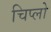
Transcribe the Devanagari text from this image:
चिप्लो